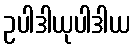
ဥပါဒါယုပါဒါယ